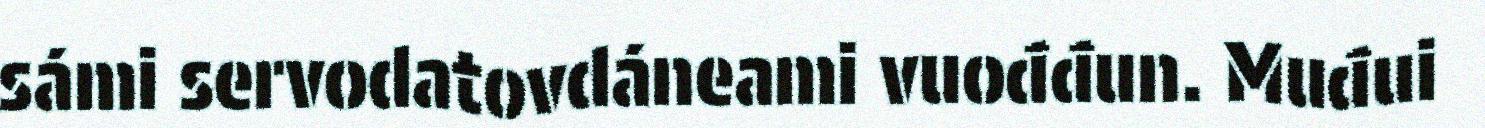
sámi servodatovdáneami vuođđun. Muđui